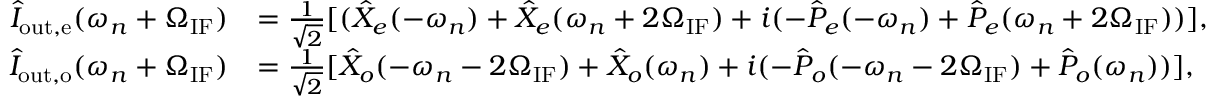
\begin{array} { r l } { \hat { I } _ { \mathrm { o u t , e } } ( \omega _ { n } + \Omega _ { \mathrm { I F } } ) } & { = \frac { 1 } { \sqrt { 2 } } [ ( \hat { X } _ { e } ( - \omega _ { n } ) + \hat { X } _ { e } ( \omega _ { n } + 2 \Omega _ { \mathrm { I F } } ) + i ( - \hat { P } _ { e } ( - \omega _ { n } ) + \hat { P } _ { e } ( \omega _ { n } + 2 \Omega _ { \mathrm { I F } } ) ) ] , } \\ { \hat { I } _ { \mathrm { o u t , o } } ( \omega _ { n } + \Omega _ { \mathrm { I F } } ) } & { = \frac { 1 } { \sqrt { 2 } } [ \hat { X } _ { o } ( - \omega _ { n } - 2 \Omega _ { \mathrm { I F } } ) + \hat { X } _ { o } ( \omega _ { n } ) + i ( - \hat { P } _ { o } ( - \omega _ { n } - 2 \Omega _ { \mathrm { I F } } ) + \hat { P } _ { o } ( \omega _ { n } ) ) ] , } \end{array}